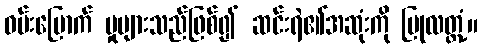
ဝမ်းမြောက် မှုများသည်ဖြစ်၍ ဆင်းရဲ၏အဆုံးကို ပြုလတ္တံ့။